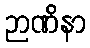
ဉာဏိနာ